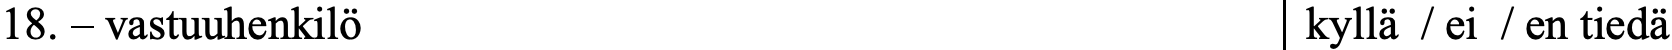
18. – vastuuhenkilö                        kyllä / ei / en tiedä